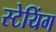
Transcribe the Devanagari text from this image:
स्टेयिंग